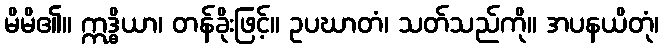
မိမိ၏။ ဣဒ္ဓိယာ၊ တန်ခိုးဖြင့်။ ဥပဃာတံ၊ သတ်သည်ကို။ အပနယိတုံ၊